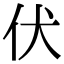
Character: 伏